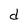
Character: d